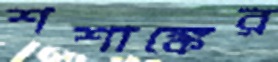
শশাঙ্কের